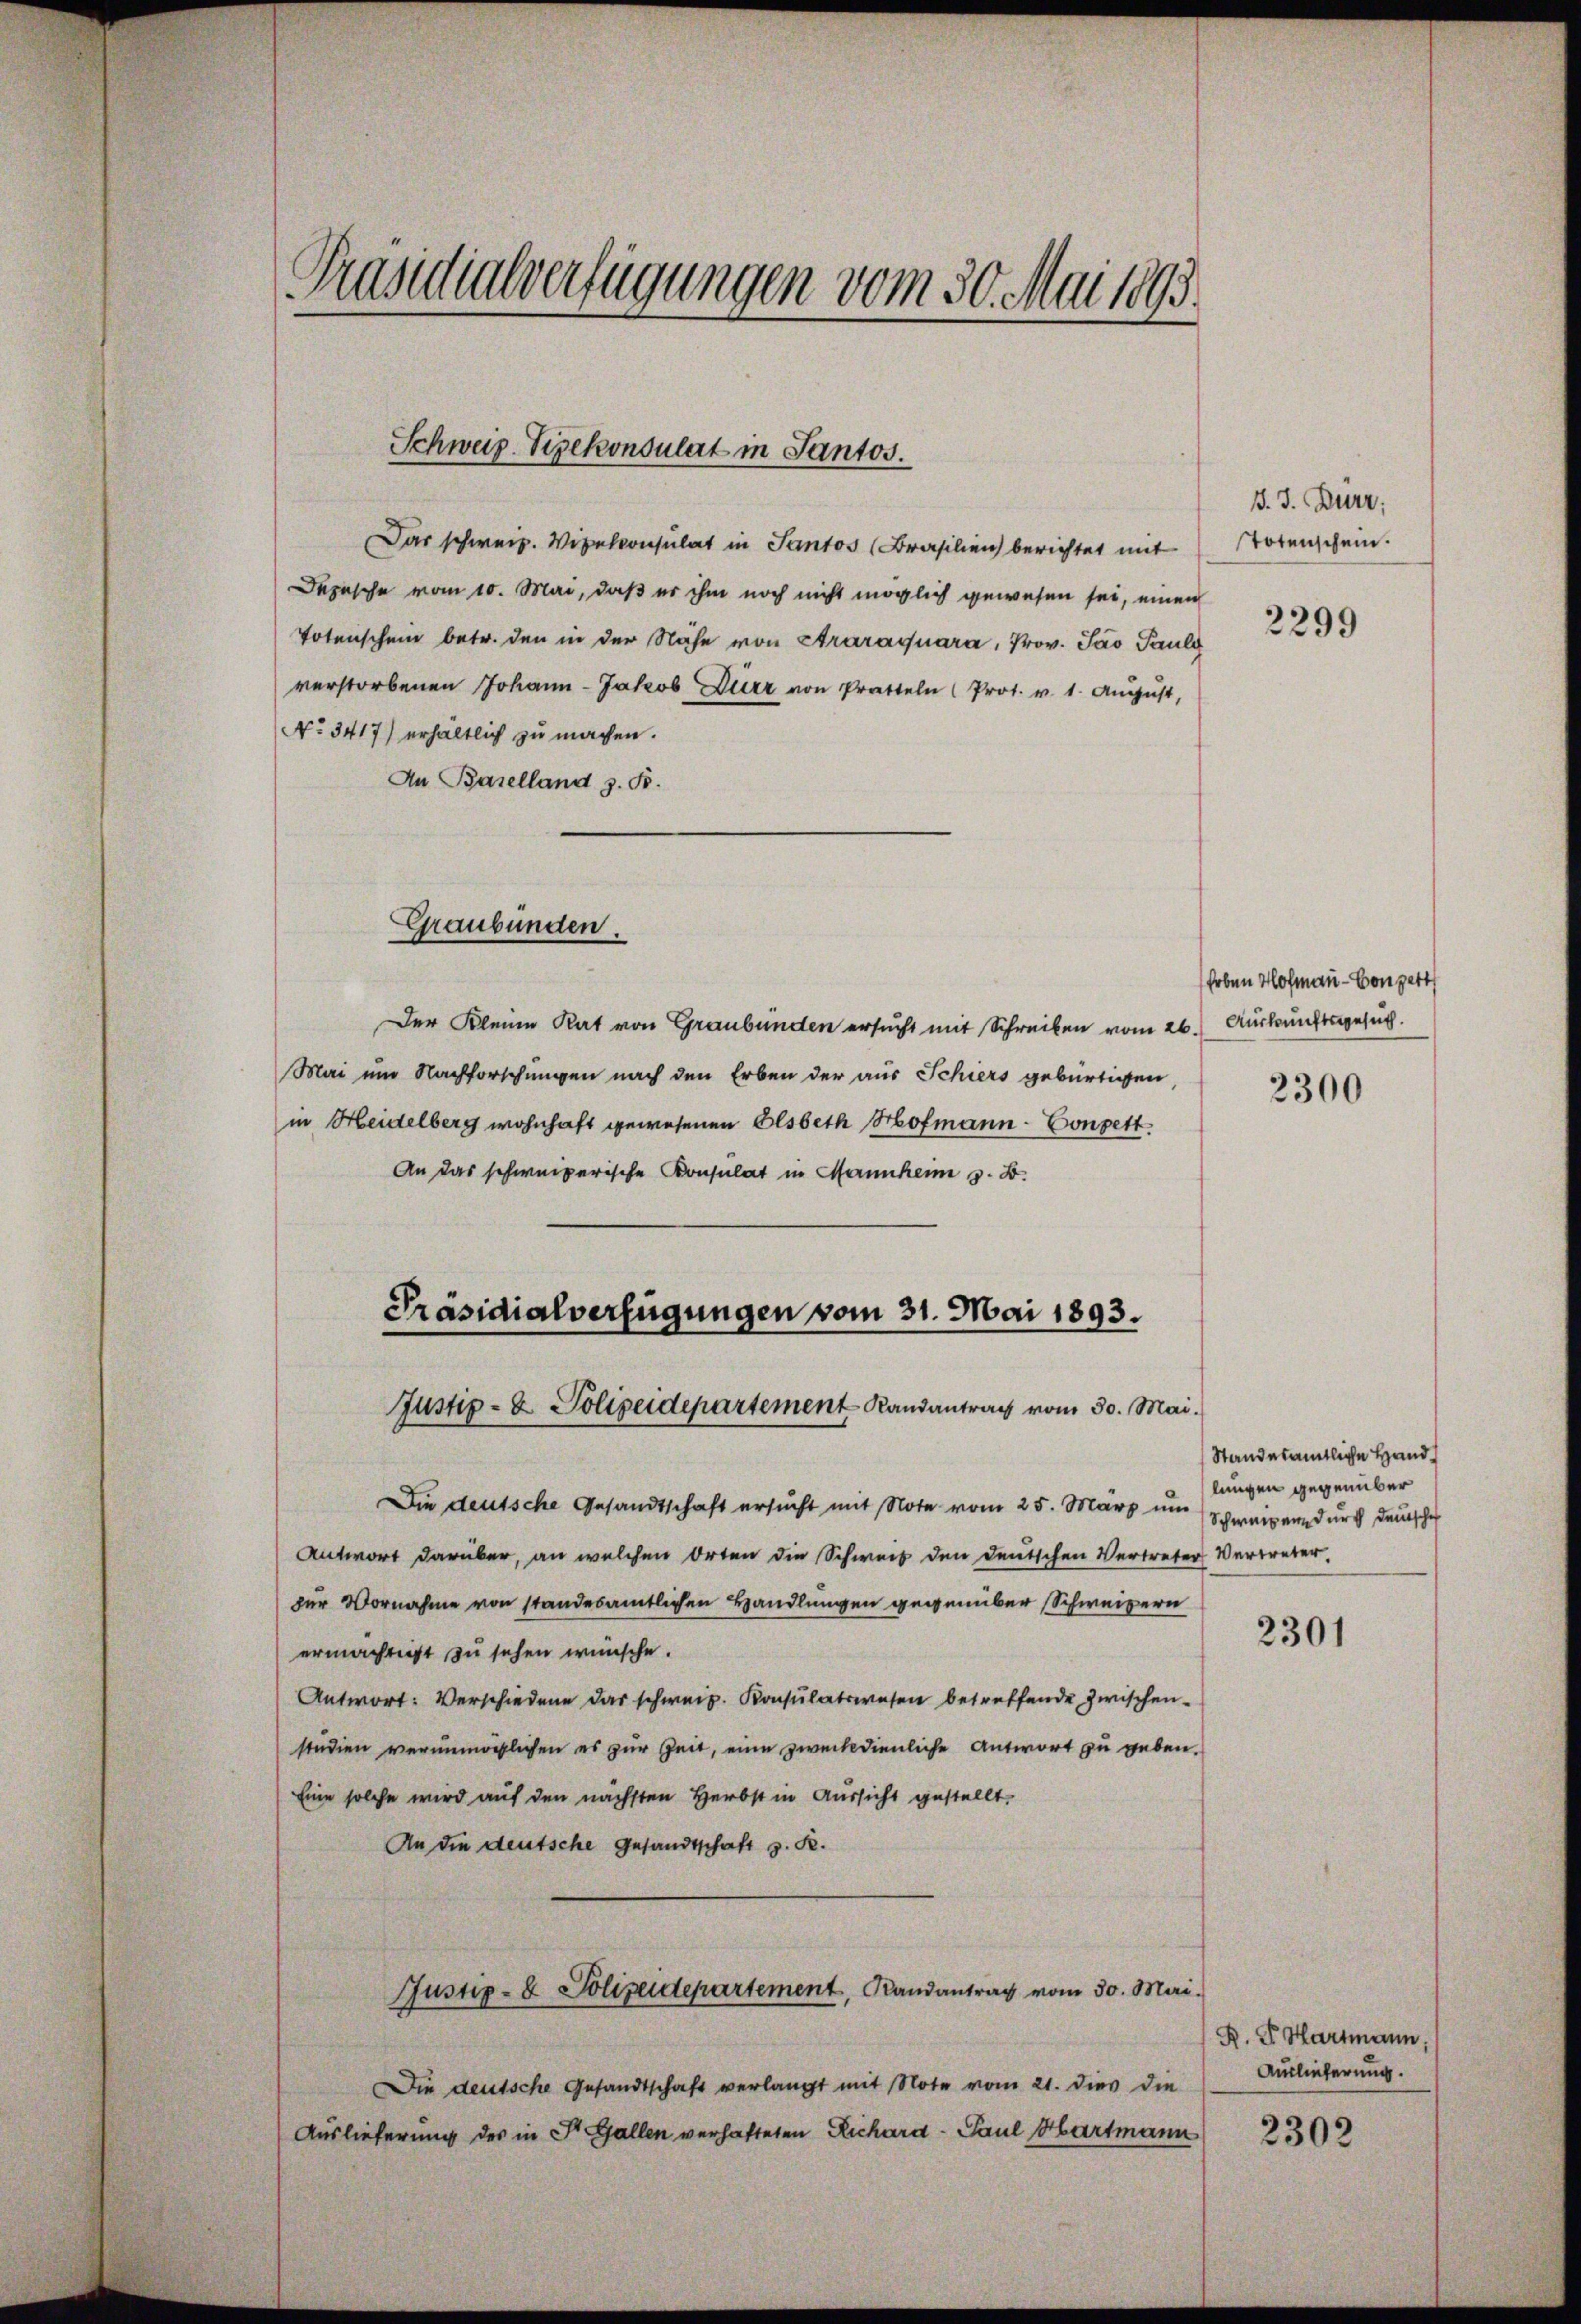
Präsidialverfügungen vom 30. Mai 1893.

Schweiz. Vizekonsulat in Santos.

Depesche vom 10. Mai, daß er ihm noch nicht möglich gewesen sei, einen
Totenschen betr. den in der Nähe von Araraquara, Prov. Jao Pauli
verstorbenen Johann Jakob Dürr von Pratten (Prot. v. 1. August,
No. 3417) erhältlich zu machen.
An Baselland z. B.
Graubünden.
Der Kleine Rat von Graubünden ersucht mit Schreiben vom 26. Auskunftsgesuch
Mai um Nachforschungen nach den Erben der aus Schiers gebürtigen
in Heidelberg wohnhaft gewesenen Elsbeth Hofmann - Congett.
An das schweizerische Konsulat in Mannheim z. B.

Das schweiz. Vipelconsulat in Santos (Brasilien berichtet mit

Präsidialverfügungen vom 31. Mai 1893.
Justiz- & Polizeidepartement Randantrag vom 30. Mai.

Die deutsche Gesandtschaft ersucht mit Note vom 25. März um
Antwort darüber, an welchen Orten die Schweis den Deutschen Vertreter Vertreter.
zur Vornahme von standesamtlichen Handlungen gegenüber Schweizern
ermächtigst zu sehen wünsche.
Antwort: Verschiedene das schweiz. Konsulatswesen betreffende zwischen-
sindien verunmöglichen es zur Zeit, eine zweckdienliche Antwort zu geben.
Eine solche wird auf den nächsten Herbst in Aussicht gestellt,
An die deutsche Gesandtschaft z. R.
Justiz- & Polizeidepartement, Randantrag vom 30. Mai.
Die deutsche Gesandtschaft verlangt mit Note vom 21. dies die
Auslieferung des in St. Gallen verhafteten Richard - Paul Hartmann

B. J. Burr;
Totenschein.

2299

Erben Hofmann - Von zett

2300

Standesamtliche Handlungen gegenüber
Schweigen durch deutsche

2301

R. V. Hartmann,
Auslieferung.

2302